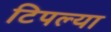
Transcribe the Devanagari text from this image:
टिपल्या